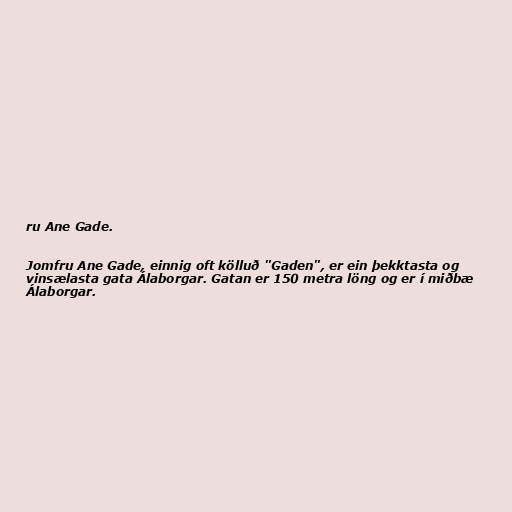
ru Ane Gade.

Jomfru Ane Gade, einnig oft kölluð "Gaden", er ein þekktasta og
vinsælasta gata Álaborgar. Gatan er 150 metra löng og er í miðbæ
Álaborgar.